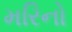
મરિનો